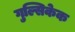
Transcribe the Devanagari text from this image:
गुल्सिकेक